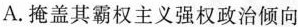
A.掩盖其霸权主义强权政治倾向